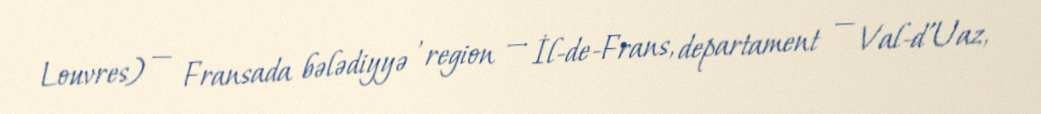
Louvres) — Fransada bələdiyyə , region — İl-de-Frans, departament — Val-d’Uaz,